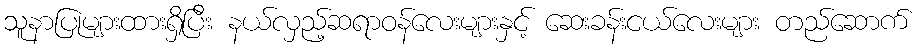
သူနာပြုများထားရှိပြီး နယ်လှည့်ဆရာဝန်လေးများနှင့် ဆေးခန်းငယ်လေးများ တည်ဆောက်